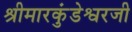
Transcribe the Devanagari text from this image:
श्रीमारकुंडेश्वरजी